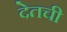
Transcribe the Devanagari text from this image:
देतची